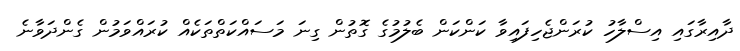
ދާއިރާގައި އިސްލާހު ކުރަންޖެހިފައިވާ ކަންކަން ބެލުމުގެ ގޮތުން ގިނަ މަސައްކަތްތަކެއް ކުރައްވަމުން ގެންދަވާނެ